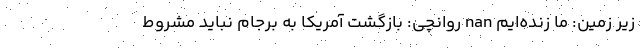
زیر زمین: ما زنده‌ایم nan روانچی: بازگشت آمریکا به برجام نباید مشروط